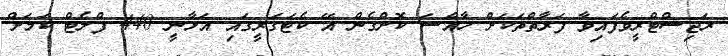
ރަޖިސްޓްރީވެފައިވާ ފަރާތްތަކަށް ހާއްސަ ކޮށްގެން އޭ ކެޓަގަރީގައި އަޅާނީ 440 ފްލެޓް ކަމަށް